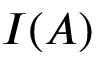
I ( A )